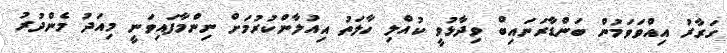
ގަރާރު އިއްވަވަމުން ބަންޑާރަނައިބް ވިދާޅުވީ ކުއްލި ހާލަތު އިއުލާންކުރުމަށް ނިންމާފައިވަނީ މިއަދު މެންދުރު